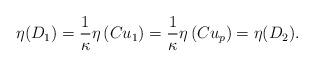
LaTeX: \begin{align*}\eta (D_{1}) = \frac{1}{\kappa} \eta \left( C u_{1} \right) = \frac{1}{\kappa} \eta \left( Cu_{p} \right) = \eta (D_{2}).\end{align*}